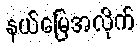
နယ်မြေအလိုက်